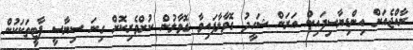
ރާއްޖެއަށް އިންޑިޔާސިފައިން އަރަން ޝަހީދު ގޮވާލާފައިވާ ގޮވާލުން ކުށްވެރިކޮށް ގިނަ ސިޔާސީ ޕާޓީތަކަކުން